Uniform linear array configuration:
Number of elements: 4
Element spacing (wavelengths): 0.75
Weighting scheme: cosine
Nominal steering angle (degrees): -15
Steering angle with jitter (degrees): -16.451
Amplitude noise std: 0.05
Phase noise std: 0.05

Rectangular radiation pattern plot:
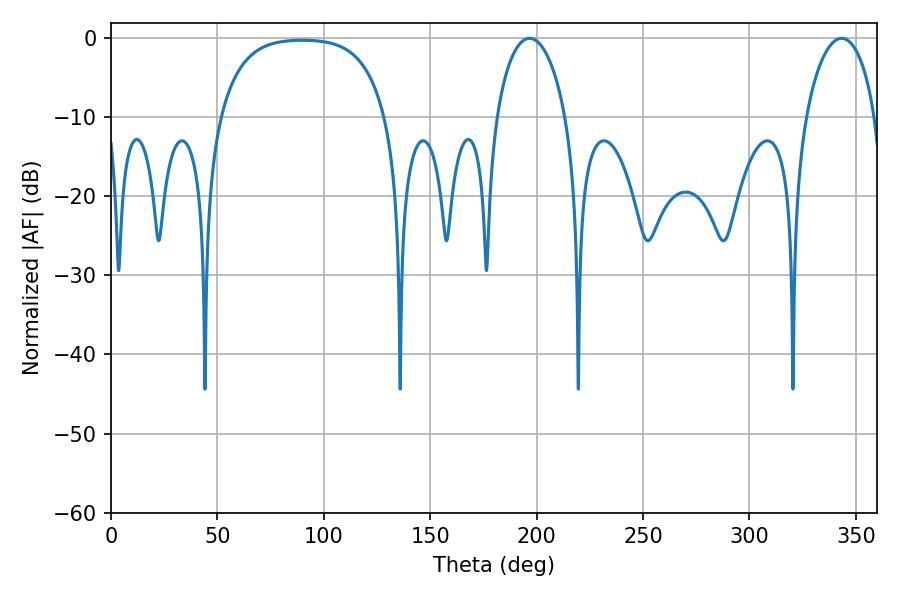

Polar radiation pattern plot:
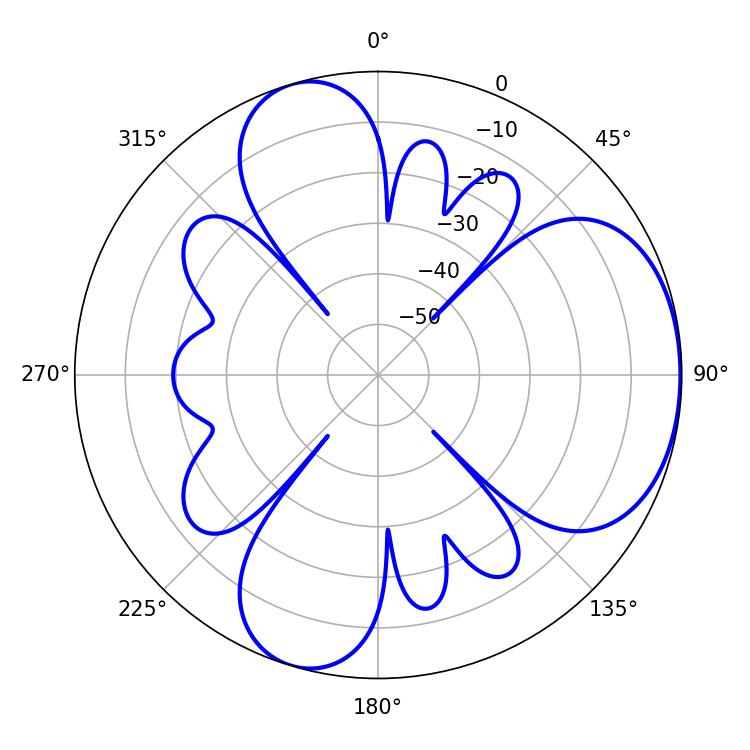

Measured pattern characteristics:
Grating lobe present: TRUE
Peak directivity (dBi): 4.941
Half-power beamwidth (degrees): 18.72
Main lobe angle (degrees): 196.74